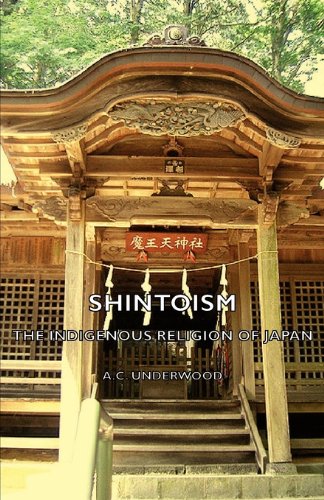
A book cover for Shintoism: The Indigenous Religion of Japan; A. C. Underwood; Religion & Spirituality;